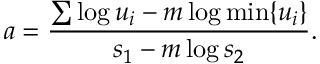
a = { \frac { \sum \log u _ { i } - m \log \operatorname* { m i n } \{ u _ { i } \} } { s _ { 1 } - m \log s _ { 2 } } } .